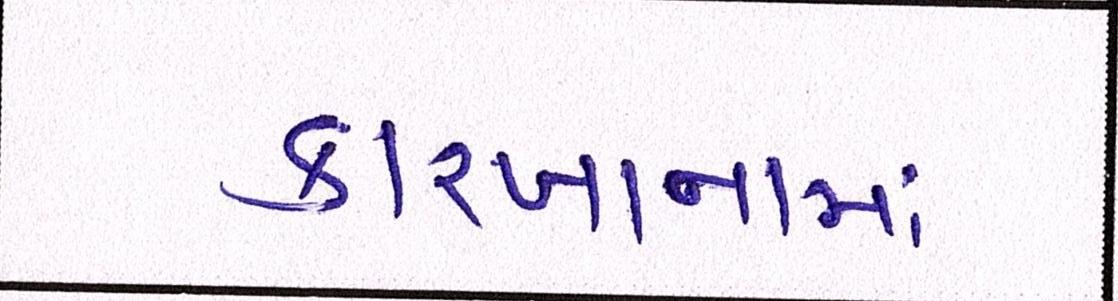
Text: કારખાનામાં